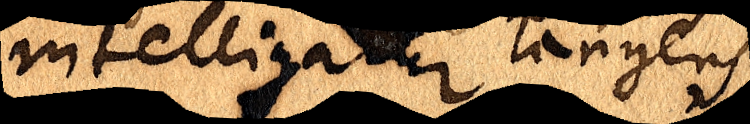
intelligatur tangens,